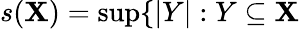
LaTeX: s(\mathbf{X})=\operatorname*{sup}\{ |Y|:Y\subseteq\mathbf{X}